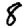
Digit: 8